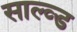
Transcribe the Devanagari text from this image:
साल्व्ड